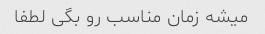
میشه زمان مناسب رو بگی لطفا